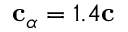
{ \mathbf { c } } _ { \alpha } = 1 . 4 { \mathbf { c } }